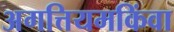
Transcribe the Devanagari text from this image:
अगत्तियमकिंवा